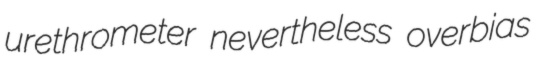
urethrometer nevertheless overbias